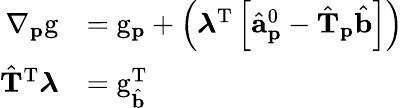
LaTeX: \begin{array}{rl}{\nabla_{\mathbf{p}}\mathrm{g}}&{=\mathrm{g}_{\mathbf{p}}+\left(\boldsymbol{\lambda}^{\mathrm{T}}\left[\hat{\mathbf{a}}_{\mathbf{p}}^{0}-\hat{\mathbf{T}}_{\mathbf{p}}\hat{\mathbf{b}}\right]\right)}\\ {\hat{\mathbf{T}}^{\mathrm{T}}\boldsymbol{\lambda}}&{=\mathrm{g}_{\hat{\mathbf{b}}}^{\mathrm{T}}}\end{array}